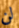
لن